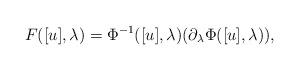
LaTeX: \begin{align*}F([u],\lambda)=\Phi^{-1}([u],\lambda)(\partial_\lambda\Phi([u],\lambda)),\end{align*}